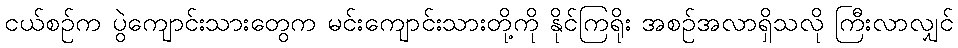
ငယ်စဉ်က ပွဲကျောင်းသားတွေက မင်းကျောင်းသားတို့ကို နိုင်ကြရိုး အစဉ်အလာရှိသလို ကြီးလာလျှင်